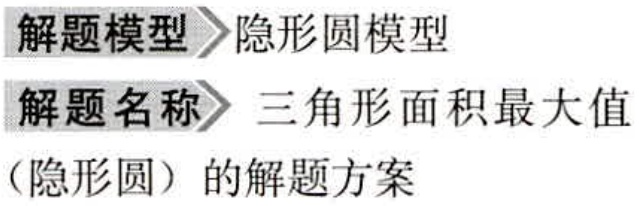
解题模型\rightarrow 隐形圆模型

解题名称\rightarrow 三角形面积最大值

（隐形圆）的解题方案